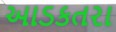
આડકતરા